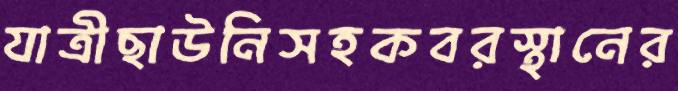
যাত্রীছাউনিসহকবরস্থানের